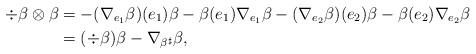
LaTeX: \begin{align*}\div \beta \otimes \beta &= - (\nabla_{e_1} \beta) (e_1) \beta - \beta(e_1) \nabla_{e_1} \beta - (\nabla_{e_2} \beta )(e_2) \beta - \beta(e_2) \nabla_{e_2} \beta\\ &= (\div \beta) \beta - \nabla_{\beta^\sharp}\beta,\end{align*}